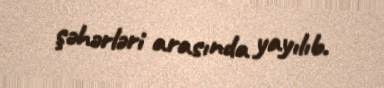
şəhərləri arasında yayılıb.